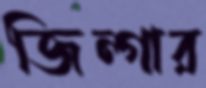
জিন্গার